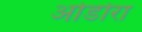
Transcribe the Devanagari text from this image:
ओडोरा